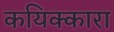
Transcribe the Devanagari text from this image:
कयिक्कारा